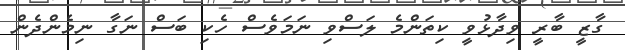
ގާޒީ ބާރީ ވިދާޅުވީ ކިތަންމެ ލަސްވި ނަމަވެސް ހެކި ބަސް ނަގާ ނިމެންދެން